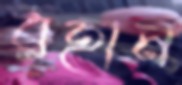
রহান